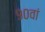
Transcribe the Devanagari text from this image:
९०वां